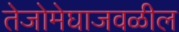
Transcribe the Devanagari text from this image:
तेजोमेघाजवळील